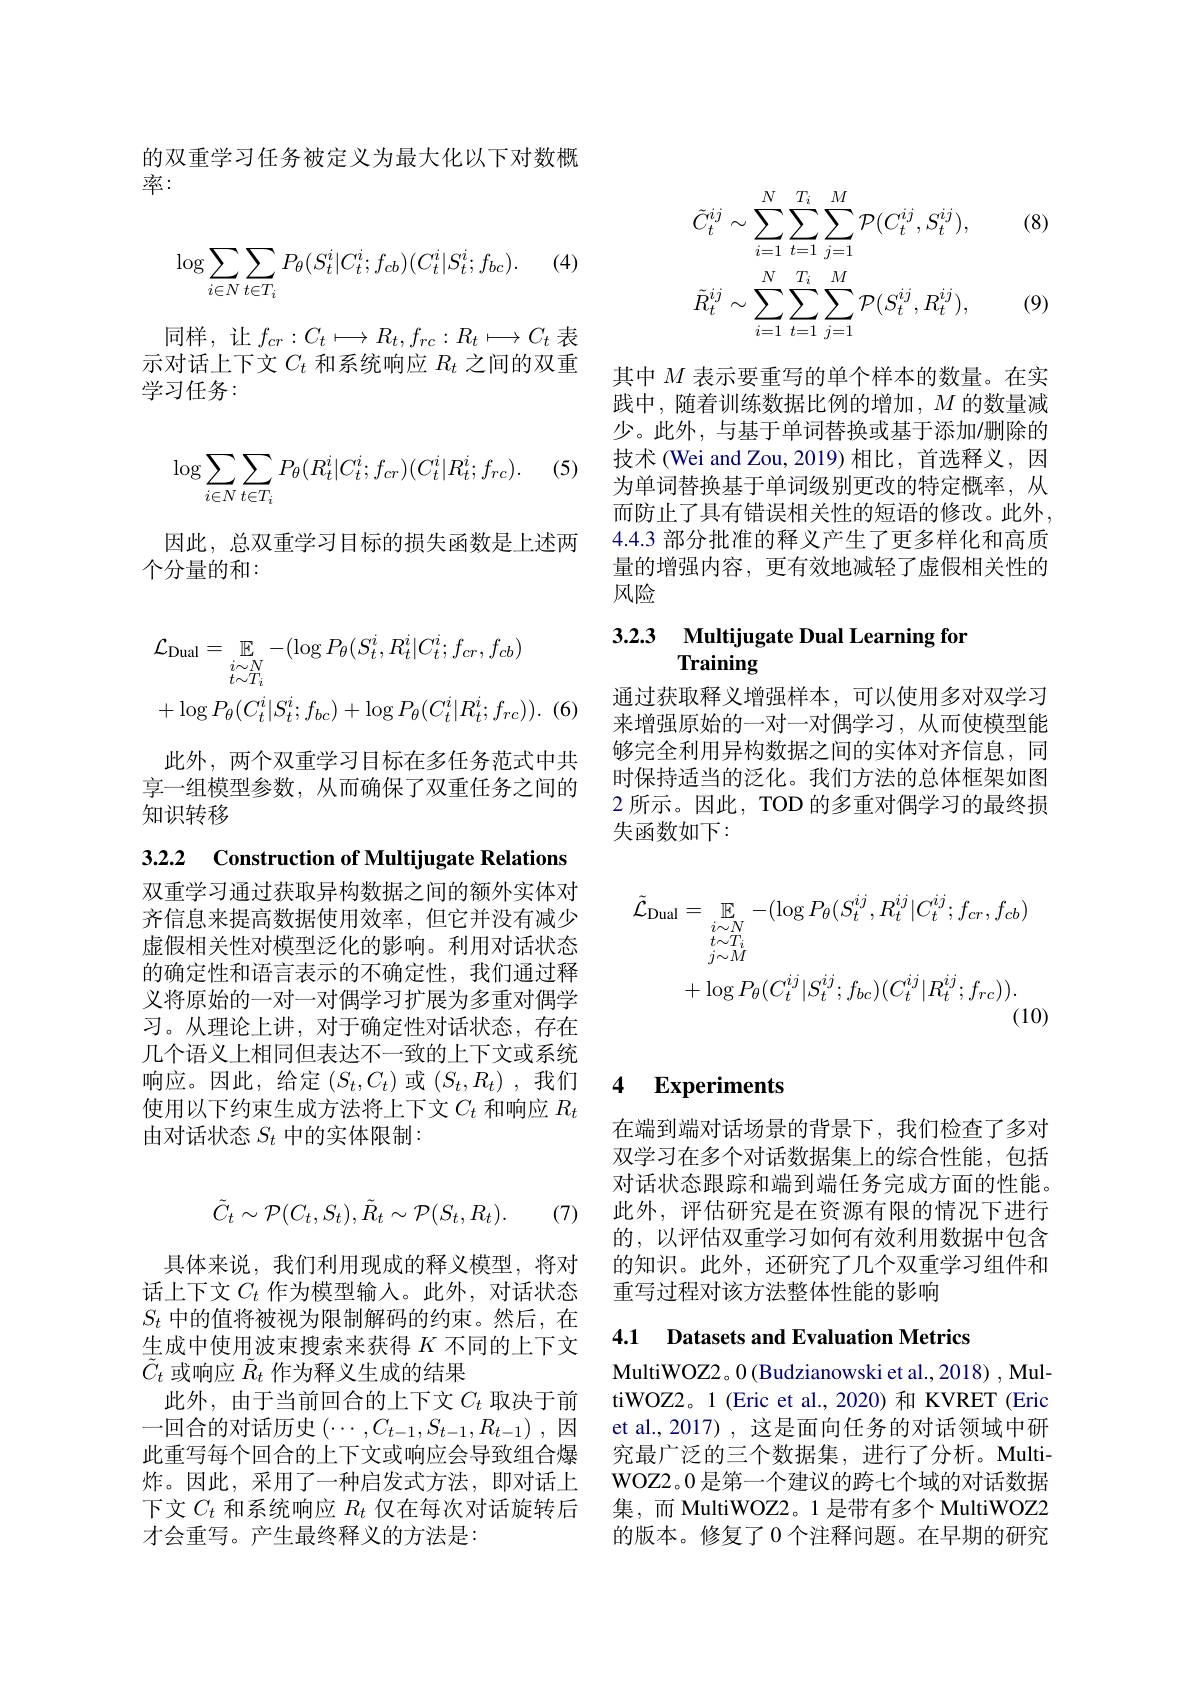
的双重学习任务被定义为最大化以下对数概
率：

(4)
$$\begin{aligned}\log\sum_{i\in N}\sum_{t\in T_i}P_\theta(S_t^i|C_t^i;f_{cb})(C_t^i|S_t^i;f_{bc}).\end{aligned}$$
同样，让$f_cr:C_t\longmapsto R_t,f_{rc}:R_t\longmapsto C_t$表示对话上下文$C_t$和系统响应$R_t$之间的双重学习任务：

(5)
$$\begin{aligned}\log\sum_{i\in N}\sum_{t\in T_i}P_\theta(R_t^i|C_t^i;f_{cr})(C_t^i|R_t^i;f_{rc}).\end{aligned}$$
因此，总双重学习目标的损失函数是上述两
个分量的和：
$$\begin{aligned}&\mathcal{L}_{\mathrm{Dual}}=\mathbb{E}_{i\sim N}-(\log P_{\theta}(S_{t}^{i},R_{t}^{i}|C_{t}^{i};f_{cr},f_{cb})\\&+\log P_{\theta}(C_{t}^{i}|S_{t}^{i};f_{bc})+\log P_{\theta}(C_{t}^{i}|R_{t}^{i};f_{rc})).\end{aligned}$$
此外，两个双重学习目标在多任务范式中共享一组模型参数，从而确保了双重任务之间的知识转移

3.2.2 Construction of Multijugate Relations

双重学习通过获取异构数据之间的额外实体对齐信息来提高数据使用效率，但它并没有减少虚假相关性对模型泛化的影响。利用对话状态的确定性和语言表示的不确定性，我们通过释义将原始的一对一对偶学习扩展为多重对偶学习。从理论上讲，对于确定性对话状态，存在几个语义上相同但表达不一致的上下文或系统响应。因此，给定$(S_t,C_t)$或$(S_t,R_t)$ ,我们 4 Experiments
使用以下约束生成方法将上下文$C_t$ 和响应 $R_t$
由对话状态$S_t$中的实体限制：
$$\tilde{C}_t\sim\mathcal{P}(C_t,S_t),\tilde{R}_t\sim\mathcal{P}(S_t,R_t).$$
(7)

具体来说，我们利用现成的释义模型，将对话上下文$C_t$作为模型输入。此外，对话状态$S_t$中的值将被视为限制解码的约束。然后，在生成中使用波束搜索来获得$K$不同的上下文$\tilde{C}_t$或响应$\tilde{R}_t$作为释义生成的结果
此外，由于当前回合的上下文$C_t$取决于前一回合的对话历史$\left(\cdots,C_{t-1},S_{t-1},R_{t-1}\right)$,因此重写每个回合的上下文或响应会导致组合爆炸。因此，采用了一种启发式方法，即对话上下文$C_t$和系统响应$R_t$仅在每次对话旋转后才会重写。产生最终释义的方法是：

(8), (8)
$$\tilde{C}_{t}^{ij}\sim\sum_{i=1}^{N}\sum_{t=1}^{T_{i}}\sum_{j=1}^{M}\mathcal{P}(C_{t}^{ij},S_{t}^{ij}),\\\tilde{R}_{t}^{ij}\sim\sum_{i=1}^{N}\sum_{t=1}^{T_{i}}\sum_{j=1}^{M}\mathcal{P}(S_{t}^{ij},R_{t}^{ij}),$$
(9)

其中$M$表示要重写的单个样本的数量。在实践中，随着训练数据比例的增加$,M$ 的数量减少。此外，与基于单词替换或基于添加/删除的技术 (Wei and Zou, 2019) 相比，首选释义，因为单词替换基于单词级别更改的特定概率，从而防止了具有错误相关性的短语的修改。此外， 4.4.3 部分批准的释义产生了更多样化和高质量的增强内容，更有效地减轻了虚假相关性的风险

### 3.2.3 Multijugate Dual Learning fon Training

通过获取释义增强样本，可以使用多对双学习来增强原始的一对一对偶学习，从而使模型能够完全利用异构数据之间的实体对齐信息，同时保持适当的泛化。我们方法的总体框架如图2 所示。因此，TOD 的多重对偶学习的最终损${\text{失函数如下：}}$
$$\begin{aligned}\tilde{\mathcal{L}}_{\mathrm{Dual}}&=\mathbb{E}_{i\sim N}-(\log P_{\theta}(S_{t}^{ij},R_{t}^{ij}|C_{t}^{ij};f_{cr},f_{cb})\\&+\log P_{\theta}(C_{t}^{ij}|S_{t}^{ij};f_{bc})(C_{t}^{ij}|R_{t}^{ij};f_{rc})).\end{aligned}$$
在端到端对话场景的背景下，我们检查了多对双学习在多个对话数据集上的综合性能，包括对话状态跟踪和端到端任务完成方面的性能。此外，评估研究是在资源有限的情况下进行的，以评估双重学习如何有效利用数据中包含的知识。此外，还研究了几个双重学习组件和重写过程对该方法整体性能的影响

## 4.1 Datasets and Evaluation Metrics

MultiWOZ2。0 ( Budzianowski et al. , 2018) , Mul- tiWOZ2。1 (Eric et al., 2020) 和 KVRET (Eric et al., 2017) , 这是面向任务的对话领域中研究最广泛的三个数据集，进行了分析。MultiWOZ2。0 是第一个建议的跨七个域的对话数据集，而 MultiWOZ2。1 是带有多个 MultiWOZ2的版本。修复了 0 个注释问题。在早期的研究